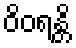
ဝိဝရန္တိ